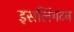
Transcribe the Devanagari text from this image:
इसलिंगटन